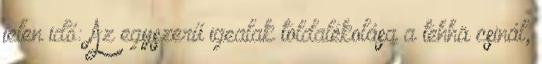
jelen idő: Az egyszerű igealak toldalékolása a tehhä csinál,